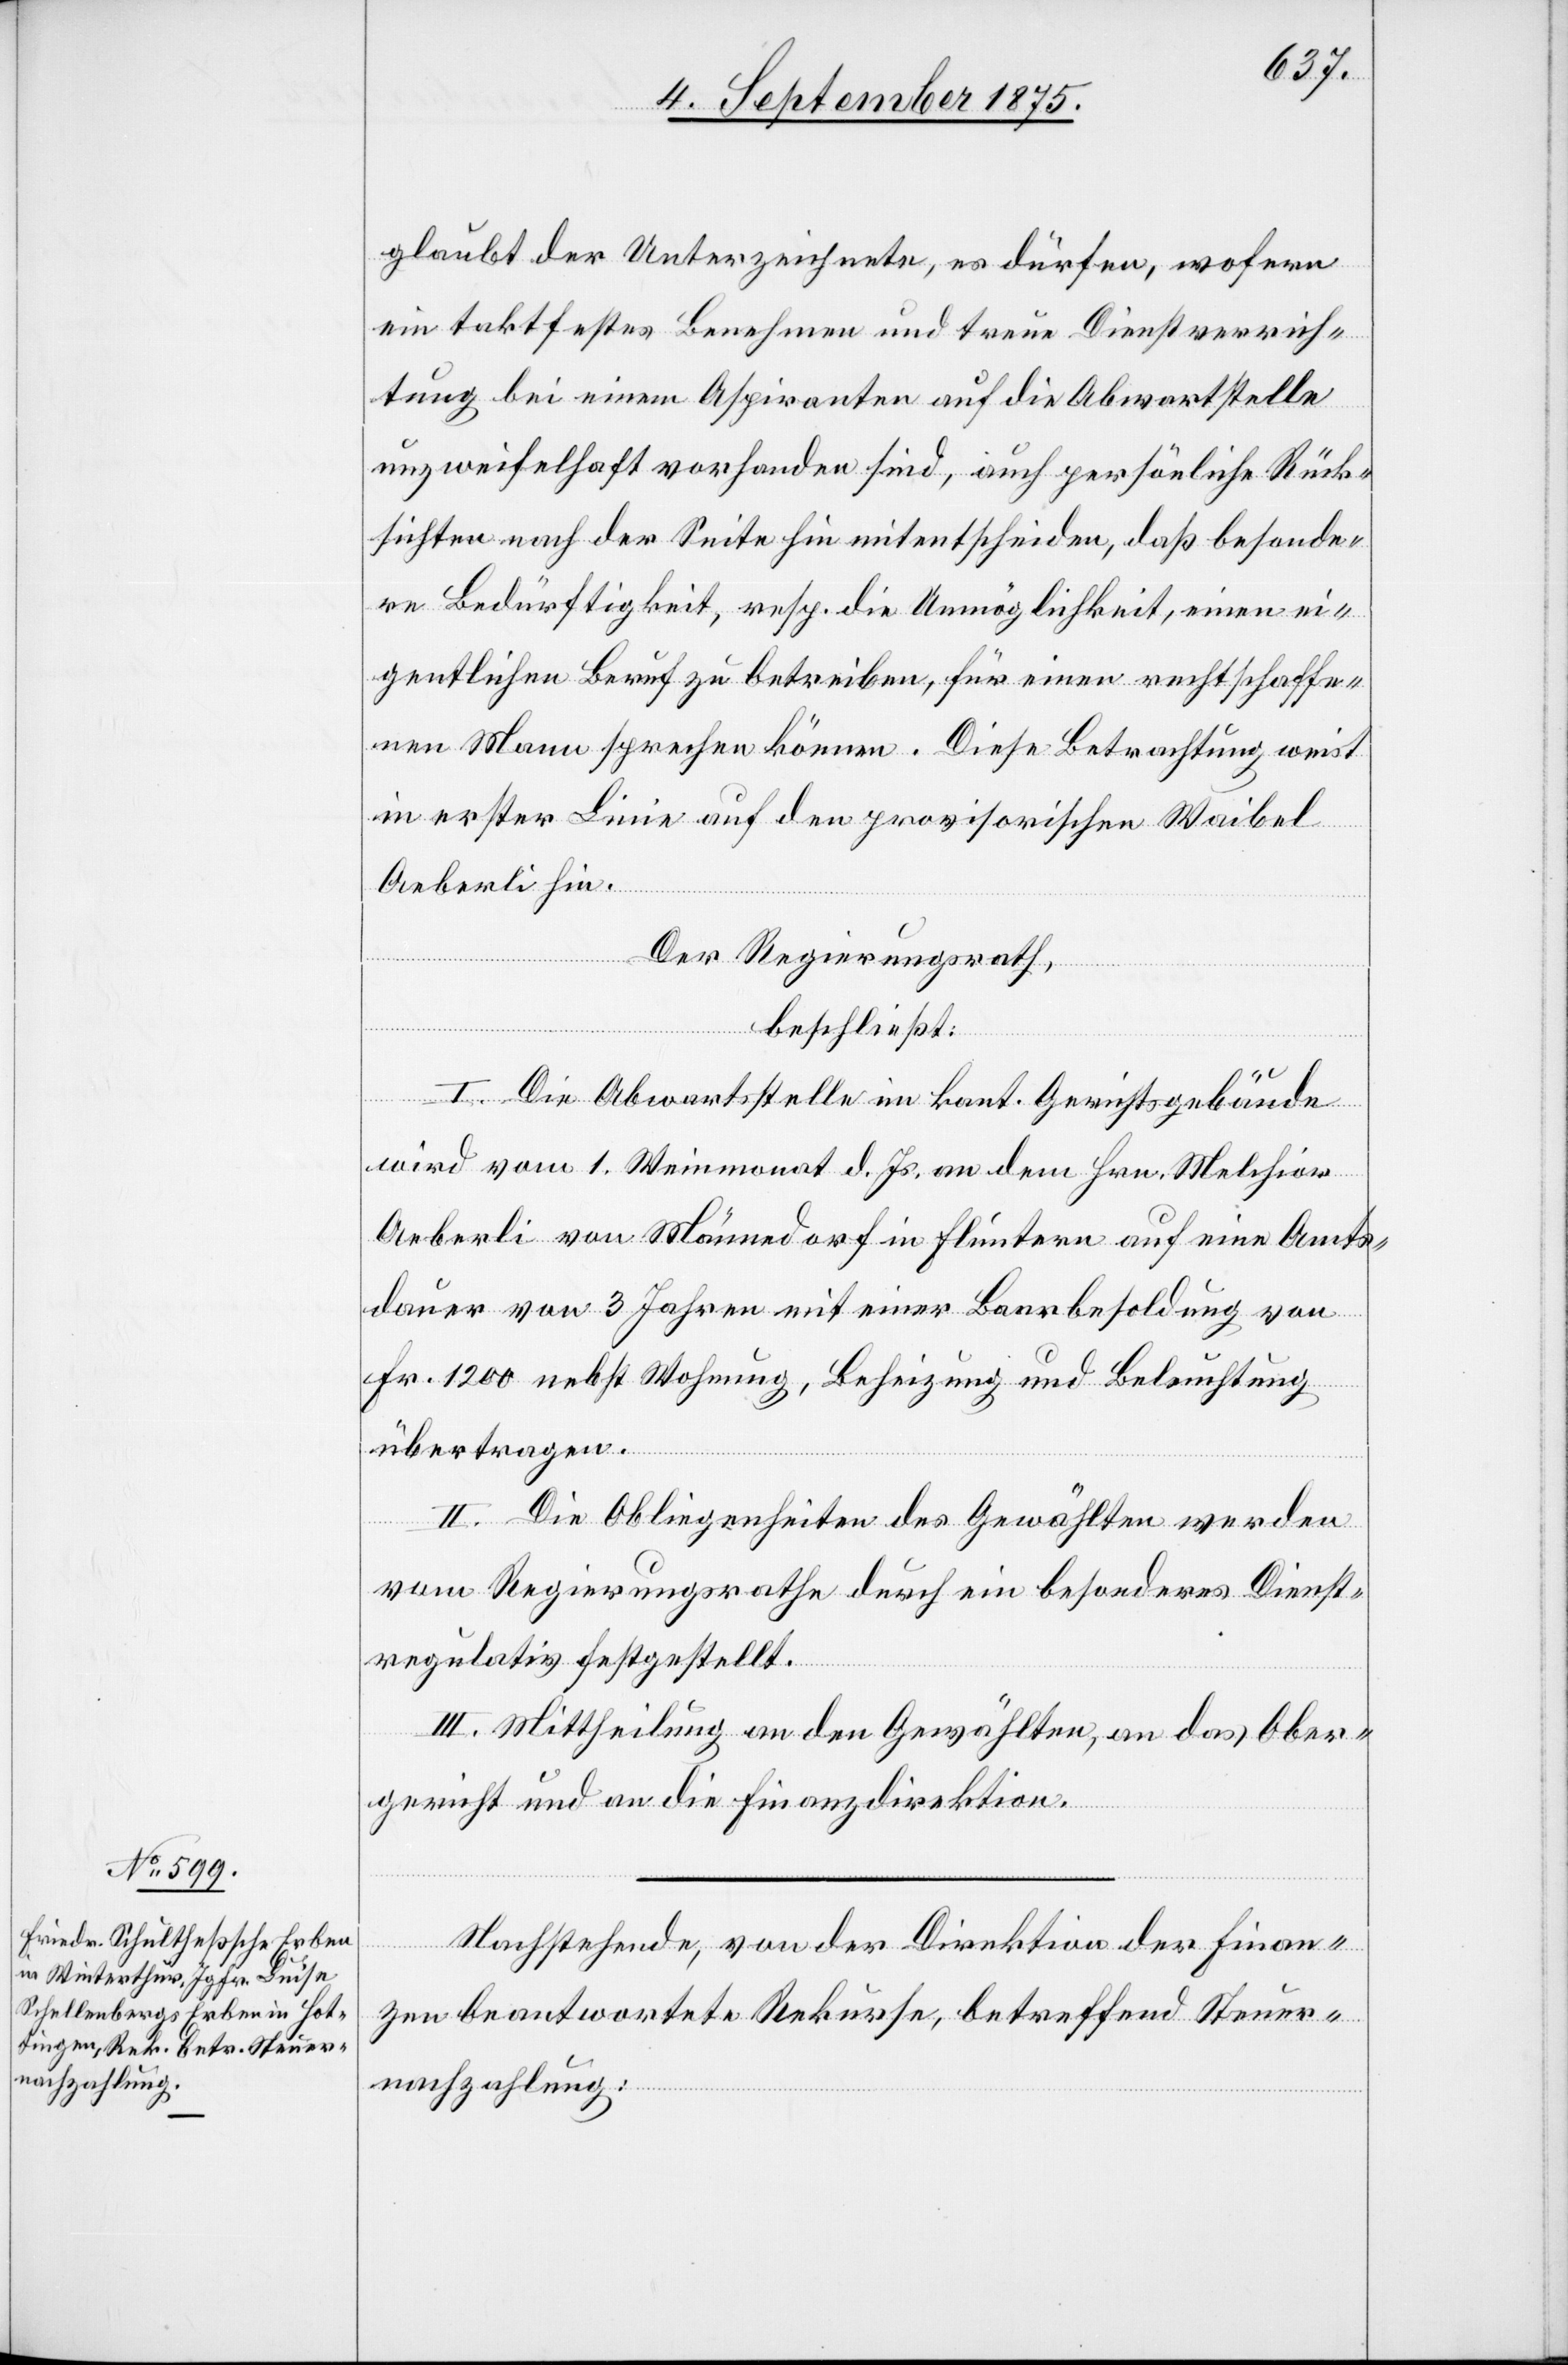
glaubt der Unterzeichnete, es dürfen, wofern
ein taktfestes Benehmen und treue Dienstverrich¬
tung bei einem Aspiranten auf die Abwartstelle
unzweifelhaft vorhanden sind, auch persönliche Rück¬
sichten nach der Seite hin mitentscheiden, daß besonde¬
re Bedürftigkeit, resp. die Unmöglichkeit, einen ei¬
gentlichen Beruf zu betreiben, für einen rechtschaffe¬
nen Mann sprechen können. Diese Betrachtung weist
in erster Linie auf den provisorischen Waibel
Aeberli hin.
Der Regierungsrath,
beschließt:
I. Die Abwartstelle im kant. Gerichtsgebäude
wird vom 1. Weinmonat d. Js. an dem Hrn. Melchior
Aeberli von Männedorf in Fluntern auf eine Amts¬
dauer von 3 Jahren mit einer Baarbesoldung von
Fr. 1200 nebst Wohnung, Beheizung und Beleuchtung
übertragen.
II. Die Obliegenheiten des Gewählten werden
vom Regierungsrathe durch ein besonderes Dienst¬
regulativ festgestellt.
III. Mittheilung an den Gewählten, an das Ober¬
gericht und an die Finanzdirektion.
Nachstehende, von der Direktion der Finan¬
zen beantwortete Rekurse, betreffend Steuer¬
nachzahlung: